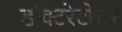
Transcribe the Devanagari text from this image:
डॉक्टरेटोत्तर